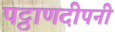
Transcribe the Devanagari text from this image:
पट्ठाणदीपनी